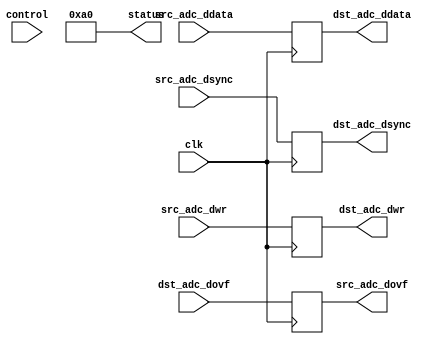

// ***************************************************************************
// ***************************************************************************
// Copyright 2013(c) Analog Devices, Inc.
//
// All rights reserved.
//
// Redistribution and use in source and binary forms, with or without modification,
// are permitted provided that the following conditions are met:
//     - Redistributions of source code must retain the above copyright
//       notice, this list of conditions and the following disclaimer.
//     - Redistributions in binary form must reproduce the above copyright
//       notice, this list of conditions and the following disclaimer in
//       the documentation and/or other materials provided with the
//       distribution.
//     - Neither the name of Analog Devices, Inc. nor the names of its
//       contributors may be used to endorse or promote products derived
//       from this software without specific prior written permission.
//     - The use of this software may or may not infringe the patent rights
//       of one or more patent holders.  This license does not release you
//       from the requirement that you obtain separate licenses from these
//       patent holders to use this software.
//     - Use of the software either in source or binary form, must be run
//       on or directly connected to an Analog Devices Inc. component.
//
// THIS SOFTWARE IS PROVIDED BY ANALOG DEVICES "AS IS" AND ANY EXPRESS OR IMPLIED WARRANTIES,
// INCLUDING, BUT NOT LIMITED TO, NON-INFRINGEMENT, MERCHANTABILITY AND FITNESS FOR A
// PARTICULAR PURPOSE ARE DISCLAIMED.
//
// IN NO EVENT SHALL ANALOG DEVICES BE LIABLE FOR ANY DIRECT, INDIRECT, INCIDENTAL, SPECIAL,
// EXEMPLARY, OR CONSEQUENTIAL DAMAGES (INCLUDING, BUT NOT LIMITED TO, INTELLECTUAL PROPERTY
// RIGHTS, PROCUREMENT OF SUBSTITUTE GOODS OR SERVICES; LOSS OF USE, DATA, OR PROFITS; OR
// BUSINESS INTERRUPTION) HOWEVER CAUSED AND ON ANY THEORY OF LIABILITY, WHETHER IN CONTRACT,
// STRICT LIABILITY, OR TORT (INCLUDING NEGLIGENCE OR OTHERWISE) ARISING IN ANY WAY OUT OF
// THE USE OF THIS SOFTWARE, EVEN IF ADVISED OF THE POSSIBILITY OF SUCH DAMAGE.
// ***************************************************************************
// ***************************************************************************
// ***************************************************************************
// ***************************************************************************

`timescale 1ns/1ns

module prcfg_adc (
  clk,

  // control ports
  control,
  status,

  // FIFO interface
  src_adc_dwr,
  src_adc_dsync,
  src_adc_ddata,
  src_adc_dovf,

  dst_adc_dwr,
  dst_adc_dsync,
  dst_adc_ddata,
  dst_adc_dovf
);

  localparam  RP_ID       = 8'hA0;
  parameter   CHANNEL_ID  = 0;

  input             clk;

  input   [31:0]    control;
  output  [31:0]    status;

  input             src_adc_dwr;
  input             src_adc_dsync;
  input   [31:0]    src_adc_ddata;
  output            src_adc_dovf;

  output            dst_adc_dwr;
  output            dst_adc_dsync;
  output  [31:0]    dst_adc_ddata;
  input             dst_adc_dovf;

  reg               dst_adc_dwr;
  reg               dst_adc_dsync;
  reg     [31:0]    dst_adc_ddata;
  reg               src_adc_dovf;

  assign status = {24'h0, RP_ID};

  always @(posedge clk) begin
    dst_adc_dwr    <= src_adc_dwr;
    dst_adc_dsync  <= src_adc_dsync;
    dst_adc_ddata  <= src_adc_ddata;
    src_adc_dovf   <= dst_adc_dovf;
  end
endmodule